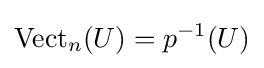
\operatorname {Vect} _{n}(U)=p^{-1}(U)